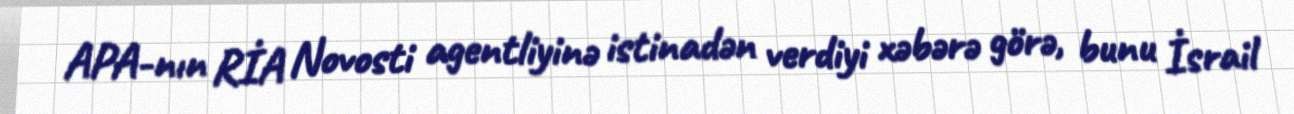
APA-nın RİA Novosti agentliyinə istinadən verdiyi xəbərə görə, bunu İsrail